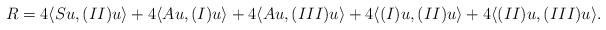
LaTeX: \begin{align*}R=4\langle Su,(II)u\rangle+4\langle Au,(I)u\rangle+4\langle Au,(III)u\rangle+4\langle(I)u,(II)u\rangle+4\langle(II)u,(III)u\rangle.\end{align*}